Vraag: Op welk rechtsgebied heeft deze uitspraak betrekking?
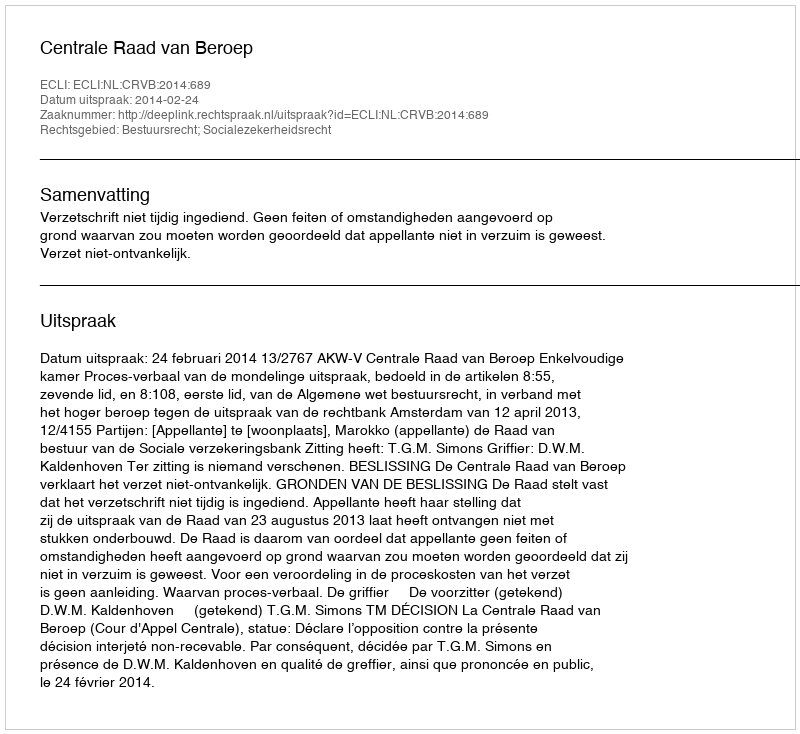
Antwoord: Bestuursrecht; Socialezekerheidsrecht